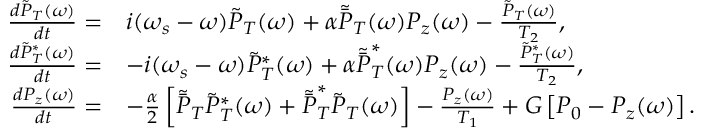
\begin{array} { r l } { \frac { d \tilde { P } _ { T } ( \omega ) } { d t } = } & { i ( \omega _ { s } - \omega ) \tilde { P } _ { T } ( \omega ) + \alpha \tilde { \bar { P } } _ { T } ( \omega ) P _ { z } ( \omega ) - \frac { \tilde { P } _ { T } ( \omega ) } { T _ { 2 } } , } \\ { \frac { d \tilde { P } _ { T } ^ { * } ( \omega ) } { d t } = } & { - i ( \omega _ { s } - \omega ) \tilde { P } _ { T } ^ { * } ( \omega ) + \alpha \tilde { \bar { P } } _ { T } ^ { * } ( \omega ) P _ { z } ( \omega ) - \frac { \tilde { P } _ { T } ^ { * } ( \omega ) } { T _ { 2 } } , } \\ { \frac { d P _ { z } ( \omega ) } { d t } = } & { - \frac { \alpha } { 2 } \left[ \tilde { \bar { P } } _ { T } \tilde { P } _ { T } ^ { * } ( \omega ) + \tilde { \bar { P } } _ { T } ^ { * } \tilde { P } _ { T } ( \omega ) \right] - \frac { P _ { z } ( \omega ) } { T _ { 1 } } + G \left[ P _ { 0 } - P _ { z } ( \omega ) \right] . } \end{array}